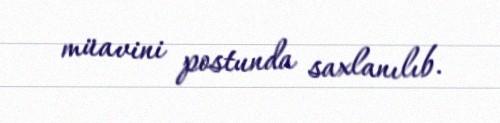
müavini postunda saxlanılıb.